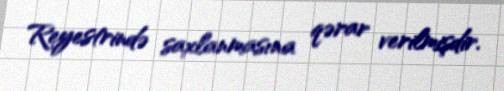
Reyestrində saxlanmasına qərar verilmişdir.